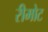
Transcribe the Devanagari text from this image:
रीमोट